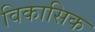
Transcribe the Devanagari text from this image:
विकासिक